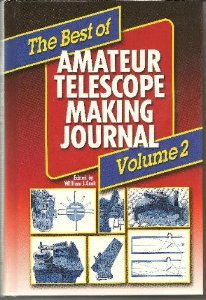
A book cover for Best of Amateur Telescope Making Journal; Science & Math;